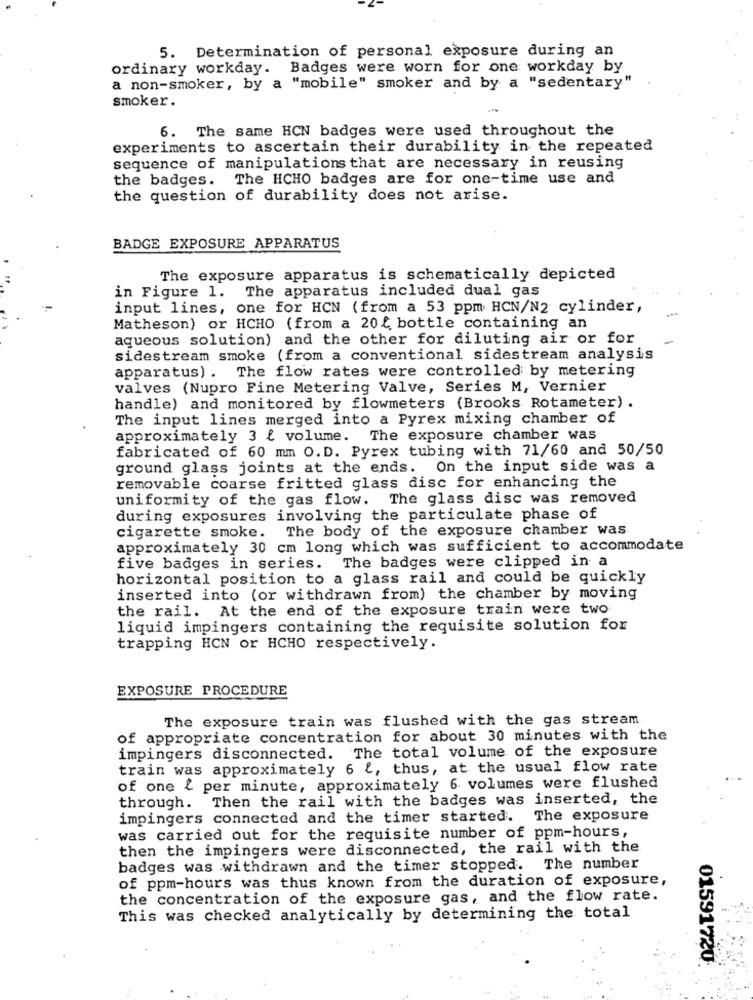
5. Determination of personal exposure during an
ordinary workday. Badges were worn for one workday by
a non-smoker, by a "mobile" smoker and by a "sedentary"
smoker.
6. The same HCN badges were used throughout the
experiments to ascertain their durability in the repeated
sequence of manipulations that are necessary in reusing
the badges. The HCHO badges are for one-time use and
the question of durability does not arise.
BADGE EXPOSURE APPARATUS
The exposure apparatus is schematically depicted
in Figure 1. The apparatus included dual gas
input lines, one for HCN (from a 53 ppm HCN/N2 cylinder,
Matheson) or HCHO (from a 20% bottle containing an
aqueous solution) and the other for diluting air or for
sidestream smoke (from a conventional sidestream analysis
apparatus) . The flow rates were controlled by metering
valves (Nupro Fine Metering Valve, Series M, Vernier
handle) and monitored by flowmeters (Brooks Rotameter) .
The input lines merged into a Pyrex mixing chamber of
approximately 3 { volume. The exposure chamber was
fabricated of 60 mm O.D. Pyrex tubing with 71/60 and 50/50
ground glass joints at the ends. On the input side was a
removable coarse fritted glass disc for enhancing the
uniformity of the gas flow. The glass disc was removed
during exposures involving the particulate phase of
cigarette smoke. The body of the exposure chamber was
approximately 30 cm long which was sufficient to accommodate
five badges in series. The badges were clipped in a
horizontal position to a glass rail and could be quickly
inserted into (or withdrawn from) the chamber by moving
the rail. At the end of the exposure train were two
liquid impingers containing the requisite solution for
trapping HCN or HCHO respectively.
EXPOSURE PROCEDURE
The exposure train was flushed with the gas stream
of appropriate concentration for about 30 minutes with the
impingers disconnected. The total volume of the exposure
train was approximately 6 2, thus, at the usual flow rate
of one { per minute, approximately 6 volumes were flushed
through. Then the rail with the badges was inserted, the
impingers connected and the timer started. The exposure
was carried out for the requisite number of ppm-hours,
then the impingers were disconnected, the rail with the
badges was withdrawn and the timer stopped.
The number
of ppm-hours was thus known from the duration of exposure,
the concentration of the exposure gas, and the flow rate.
This was checked analytically by determining the total
01591720